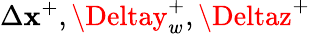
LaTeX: \Delta\mathbf{x}^{+},\Deltay_{w}^{+},\Deltaz^{+}